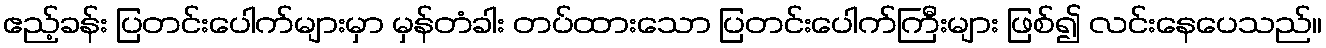
ဧည့်ခန်း ပြတင်းပေါက်များမှာ မှန်တံခါး တပ်ထားသော ပြတင်းပေါက်ကြီးများ ဖြစ်၍ လင်းနေပေသည်။